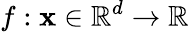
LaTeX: f:\textbf{x}\in\mathbb{R}^{d}\rightarrow\mathbb{R}